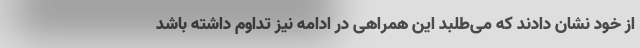
از خود نشان دادند که می‌طلبد این همراهی در ادامه نیز تداوم داشته باشد